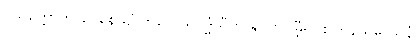
ဝိသတ္တောတိ ဝေနေယျံ ကိလေသဝိဒ္ဓံသီတိ နိပုဏဂမ္ဘီရဝိစိတြနယဒေသနံ